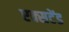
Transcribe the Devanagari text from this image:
एक्सटेंड